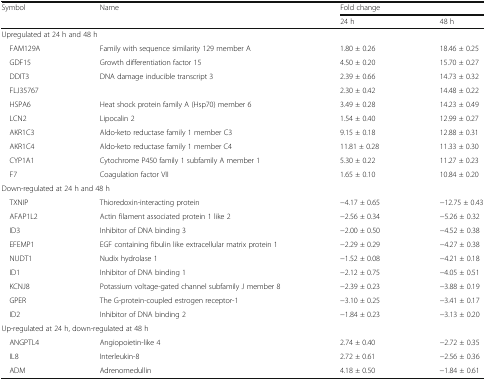
<table><thead><tr><td rowspan="2"><b>Symbol</b></td><td rowspan="2"><b>Name</b></td><td colspan="2"><b>Fold change</b></td></tr><tr><td><b>24 h</b></td><td><b>48 h</b></td></tr></thead><tbody><tr><td colspan="4">Upregulated at 24 h and 48 h</td></tr><tr><td> FAM129A</td><td>Family with sequence similarity 129 member A</td><td>1.80 ± 0.26</td><td>18.46 ± 0.25</td></tr><tr><td> GDF15</td><td>Growth differentiation factor 15</td><td>4.50 ± 0.20</td><td>15.70 ± 0.27</td></tr><tr><td> DDIT3</td><td>DNA damage inducible transcript 3</td><td>2.39 ± 0.66</td><td>14.73 ± 0.32</td></tr><tr><td> FLJ35767</td><td></td><td>2.30 ± 0.42</td><td>14.48 ± 0.22</td></tr><tr><td> HSPA6</td><td>Heat shock protein family A (Hsp70) member 6</td><td>3.49 ± 0.28</td><td>14.23 ± 0.49</td></tr><tr><td> LCN2</td><td>Lipocalin 2</td><td>1.54 ± 0.40</td><td>12.99 ± 0.27</td></tr><tr><td> AKR1C3</td><td>Aldo-keto reductase family 1 member C3</td><td>9.15 ± 0.18</td><td>12.88 ± 0.31</td></tr><tr><td> AKR1C4</td><td>Aldo-keto reductase family 1 member C4</td><td>11.81 ± 0.28</td><td>11.33 ± 0.30</td></tr><tr><td> CYP1A1</td><td>Cytochrome P450 family 1 subfamily A member 1</td><td>5.30 ± 0.22</td><td>11.27 ± 0.23</td></tr><tr><td> F7</td><td>Coagulation factor VII</td><td>1.65 ± 0.10</td><td>10.84 ± 0.20</td></tr><tr><td colspan="4">Down-regulated at 24 h and 48 h</td></tr><tr><td> TXNIP</td><td>Thioredoxin-interacting protein</td><td>−4.17 ± 0.65</td><td>−12.75 ± 0.43</td></tr><tr><td> AFAP1L2</td><td>Actin filament associated protein 1 like 2</td><td>−2.56 ± 0.34</td><td>−5.26 ± 0.32</td></tr><tr><td> ID3</td><td>Inhibitor of DNA binding 3</td><td>−2.00 ± 0.50</td><td>−4.52 ± 0.38</td></tr><tr><td> EFEMP1</td><td>EGF containing fibulin like extracellular matrix protein 1</td><td>−2.29 ± 0.29</td><td>−4.27 ± 0.38</td></tr><tr><td> NUDT1</td><td>Nudix hydrolase 1</td><td>−1.52 ± 0.08</td><td>−4.21 ± 0.18</td></tr><tr><td> ID1</td><td>Inhibitor of DNA binding 1</td><td>−2.12 ± 0.75</td><td>−4.05 ± 0.51</td></tr><tr><td> KCNJ8</td><td>Potassium voltage-gated channel subfamily J member 8</td><td>−2.39 ± 0.23</td><td>−3.88 ± 0.19</td></tr><tr><td> GPER</td><td>The G-protein-coupled estrogen receptor-1</td><td>−3.10 ± 0.25</td><td>−3.41 ± 0.17</td></tr><tr><td> ID2</td><td>Inhibitor of DNA binding 2</td><td>−1.84 ± 0.23</td><td>−3.13 ± 0.20</td></tr><tr><td colspan="4">Up-regulated at 24 h, down-regulated at 48 h</td></tr><tr><td> ANGPTL4</td><td>Angiopoietin-like 4</td><td>2.74 ± 0.40</td><td>−2.72 ± 0.35</td></tr><tr><td> IL8</td><td>Interleukin-8</td><td>2.72 ± 0.61</td><td>−2.56 ± 0.36</td></tr><tr><td> ADM</td><td>Adrenomedullin</td><td>4.18 ± 0.50</td><td>−1.84 ± 0.61</td></tr></tbody></table>